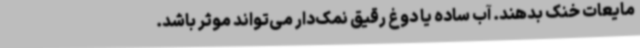
مایعات خنک بدهند. آب ساده یا دوغ رقیق نمک‌دار می‌تواند موثر باشد.